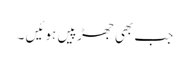
جب بھی جھڑپیں ہوئیں ۔